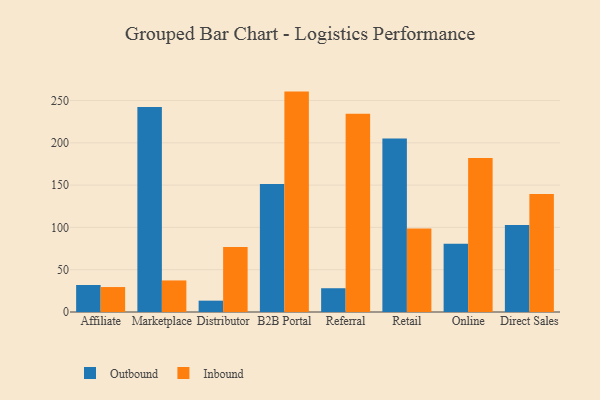
{"axis": {"x": "Channel", "y": "Customer Acquisition Cost (USD)"}, "legend": ["Inbound", "Outbound"], "data": [{"x": "Affiliate", "y": 31.9, "type": "Outbound"}, {"x": "Affiliate", "y": 29.5, "type": "Inbound"}, {"x": "Marketplace", "y": 242.2, "type": "Outbound"}, {"x": "Marketplace", "y": 37.3, "type": "Inbound"}, {"x": "Distributor", "y": 13.4, "type": "Outbound"}, {"x": "Distributor", "y": 76.7, "type": "Inbound"}, {"x": "B2B Portal", "y": 151.2, "type": "Outbound"}, {"x": "B2B Portal", "y": 260.5, "type": "Inbound"}, {"x": "Referral", "y": 28.1, "type": "Outbound"}, {"x": "Referral", "y": 234.3, "type": "Inbound"}, {"x": "Retail", "y": 205.2, "type": "Outbound"}, {"x": "Retail", "y": 98.7, "type": "Inbound"}, {"x": "Online", "y": 80.8, "type": "Outbound"}, {"x": "Online", "y": 182.1, "type": "Inbound"}, {"x": "Direct Sales", "y": 102.8, "type": "Outbound"}, {"x": "Direct Sales", "y": 139.5, "type": "Inbound"}]}